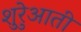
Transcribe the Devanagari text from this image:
शुरेुआती